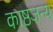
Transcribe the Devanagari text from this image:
काष्ठजन्य